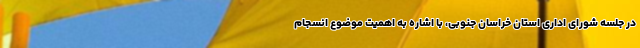
در جلسه شورای اداری استان خراسان جنوبی، با اشاره به اهمیت موضوع انسجام